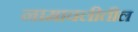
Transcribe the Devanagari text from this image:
नामावलीतील